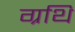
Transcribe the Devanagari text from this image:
ग्रथि